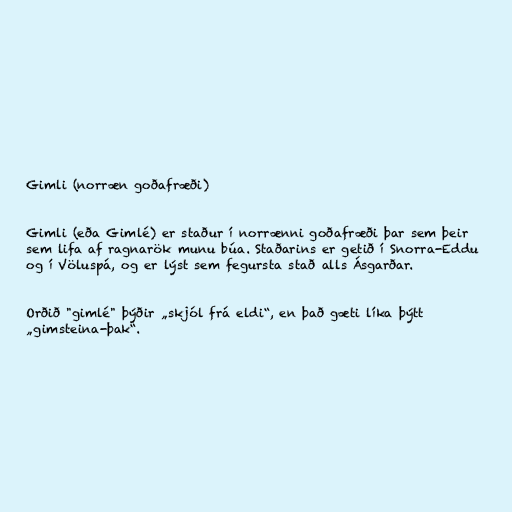
Gimli (norræn goðafræði)

Gimli (eða Gimlé) er staður í norrænni goðafræði þar sem þeir
sem lifa af ragnarök munu búa. Staðarins er getið í Snorra-Eddu
og í Völuspá, og er lýst sem fegursta stað alls Ásgarðar.

Orðið "gimlé" þýðir „skjól frá eldi“, en það gæti líka þýtt
„gimsteina-þak“.